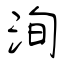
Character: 洵